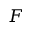
F